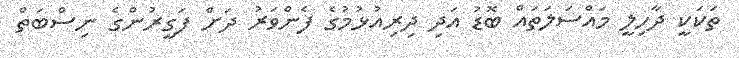
ތަކަކީ ދާހިލީ މައްސަލަތައް ބޮޑު އަދި ދިރިއުޅުމުގެ ފެންވަރު ދަށް ފަގީރުންގެ ނިސްބަތް